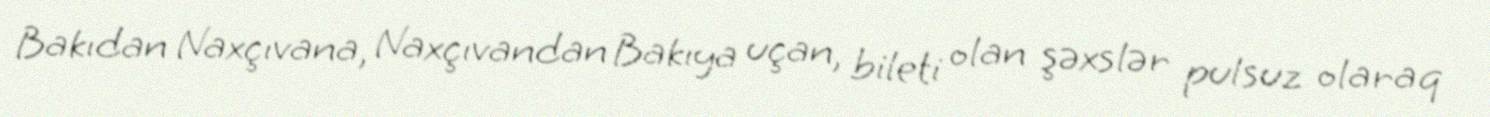
Bakıdan Naxçıvana, Naxçıvandan Bakıya uçan, bileti olan şəxslər pulsuz olaraq